Mental hospitals Bombay report 1921-28 - 1921-1928
Year: 1921
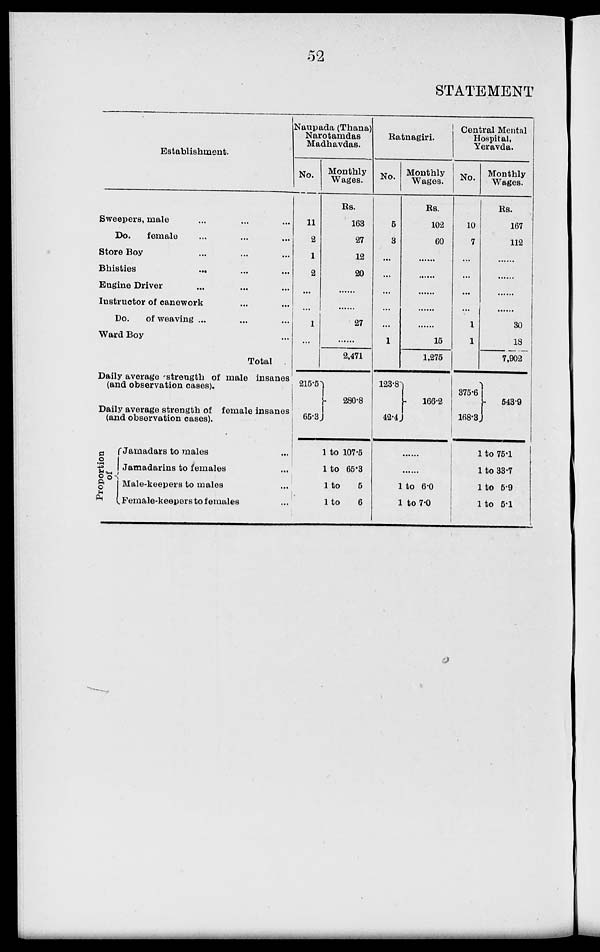
52
STATEMENT
Establishment.
Sweepers, male ... ... ...
Do.
female ... ...
Store Boy ... ... ...
Bhisties
...
...
...
Engine Driver
Instructor of canework ... ...
Do.
of weaving ... ... ...
Ward Boy ...
Total
Daily average strength of male insanes
(and observation cases).
Daily average strength of female insanes
(and observation cases).
Proportion of
Jamadars to males ...
Jamadarins to females ...
Male-keepers to males ...
Female-keepers to females ...
Naupada (Thana)
Narotamdas
Madhavdas.
No.
11
2
1
2
...
...
1
...
215.5
65.3
Monthly
Wages.
Rs.
163
27
12
20
......
......
27
......
2,471
280.8
1 to 107.5
1 to 65.3
1 to
5
1 to
6
Ratnagiri.
No.
5
3
...
...
...
...
...
1
123.8
42.4
Monthly
Wages.
Rs.
102
60
......
......
......
......
......
15
1,275
166.2
......
......
1 to 6.0
1 to 7.0
Central Mental
Hospital,
Yeravda.
No.
10
7
...
...
...
...
1
1
375.6
168.3
Monthly
Wages.
Rs.
167
112
......
......
......
......
30
18
7,902
543.9
1 to 75.1
1 to 33.7
1
to 5.9
1
to 5.1